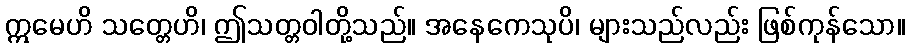
ဣမေဟိ သတ္တေဟိ၊ ဤသတ္တဝါတို့သည်။ အနေကေသုပိ၊ များသည်လည်း ဖြစ်ကုန်သော။